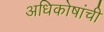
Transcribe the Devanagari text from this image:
अधिकोषांची